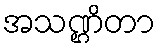
အသဏ္ဌိတာ